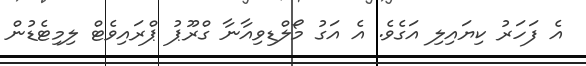
އެ ފަހަރު ކިޔައިލި އަގެވެ. އެ އަގު މޯލްޑިވިއާނާ ގްރޫޕު ޕްރައިވެޓް ލިމިޓެޑުން